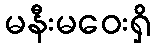
မနီးမဝေးရှိ